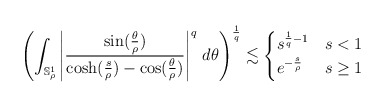
\begin{align*}\left( \int_{\mathbb{S}^1_\rho} \left|\frac{\sin(\frac{\theta}{\rho})}{\cosh(\frac s\rho)-\cos(\frac{\theta}{\rho})}\right|^{q}\,d\theta \right)^{\frac 1q}\lesssim \begin{cases}s^{\frac 1q-1} & s <1\\e^{-\frac{s}{\rho }} & s \geq 1\end{cases}\end{align*}